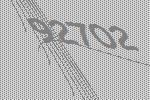
92702